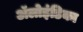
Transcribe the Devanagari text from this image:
ॲलोइंडिका